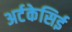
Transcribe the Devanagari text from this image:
अर्टकेसिई